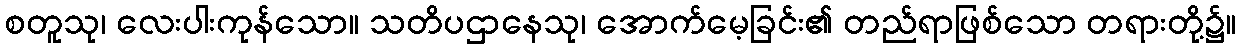
စတူသု၊ လေးပါးကုန်သော။ သတိပဌာနေသု၊ အောက်မေ့ခြင်း၏ တည်ရာဖြစ်သော တရားတို့၌။